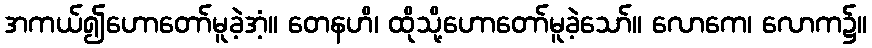
အကယ်၍ဟောတော်မူခဲ့အံ့။ တေနဟိ၊ ထိုသို့ဟောတော်မူခဲ့သော်။ လောကေ၊ လောက၌။